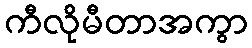
ကီလိုမီတာအကွာ